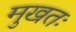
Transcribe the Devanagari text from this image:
मुखतः